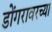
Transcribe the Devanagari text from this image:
डोंगरावरच्या